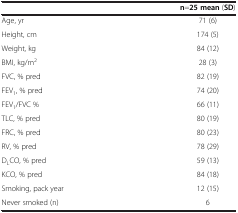
<table><thead><tr><td><b> </b></td><td><b>n=25 mean (SD)</b></td></tr></thead><tbody><tr><td>Age, yr</td><td>71 (6)</td></tr><tr><td>Height, cm</td><td>174 (5)</td></tr><tr><td>Weight, kg</td><td>84 (12)</td></tr><tr><td>BMI, kg/m<sup>2</sup></td><td>28 (3)</td></tr><tr><td>FVC, % pred</td><td>82 (19)</td></tr><tr><td>FEV<sub>1</sub>, % pred</td><td>74 (20)</td></tr><tr><td>FEV<sub>1</sub>/FVC %</td><td>66 (11)</td></tr><tr><td>TLC, % pred</td><td>80 (19)</td></tr><tr><td>FRC, % pred</td><td>80 (23)</td></tr><tr><td>RV, % pred</td><td>78 (29)</td></tr><tr><td>D<sub>L</sub>CO, % pred</td><td>59 (13)</td></tr><tr><td>KCO, % pred</td><td>84 (18)</td></tr><tr><td>Smoking, pack year</td><td>12 (15)</td></tr><tr><td>Never smoked (n)</td><td>6</td></tr></tbody></table>